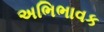
અભિભાવક